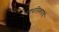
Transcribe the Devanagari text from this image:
त्यापलिकडची